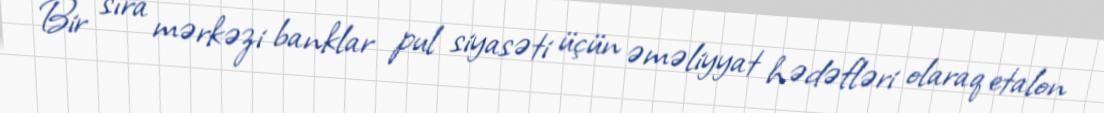
Bir sıra mərkəzi banklar pul siyasəti üçün əməliyyat hədəfləri olaraq etalon